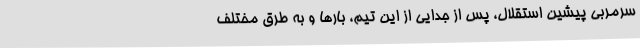
سرمربی پیشین استقلال،‌ پس از جدایی از این تیم، بارها و به طرق مختلف